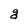
Character: g